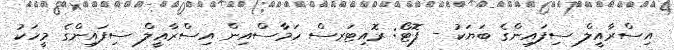
އިސްރާއީލް ސިފައިންގެ ބަޔަކު - ފޮޓޯ: ރޮއިޓަރސް ހަމާސްއިން އިސްރާޢީލް ސިފައިންގެ މީހަކު